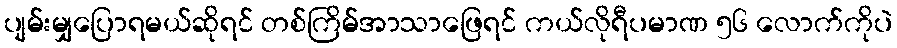
ပျမ်းမျှပြောရမယ်ဆိုရင် တစ်ကြိမ်အာသာဖြေရင် ကယ်လိုရီပမာဏ ၅၆ လောက်ကိုပဲ